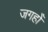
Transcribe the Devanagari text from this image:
जगहोँ